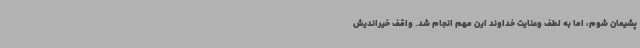
پشیمان شوم، اما به لطف وعنایت خداوند این مهم انجام شد. واقف خیراندیش